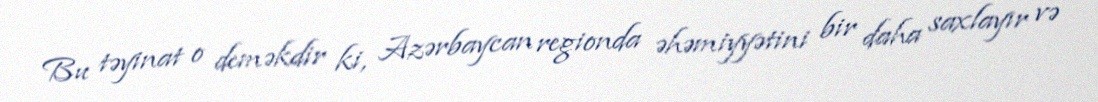
Bu təyinat o deməkdir ki, Azərbaycan regionda əhəmiyyətini bir daha saxlayır və